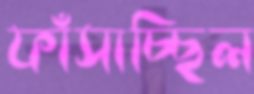
ফাঁসাচ্ছিল